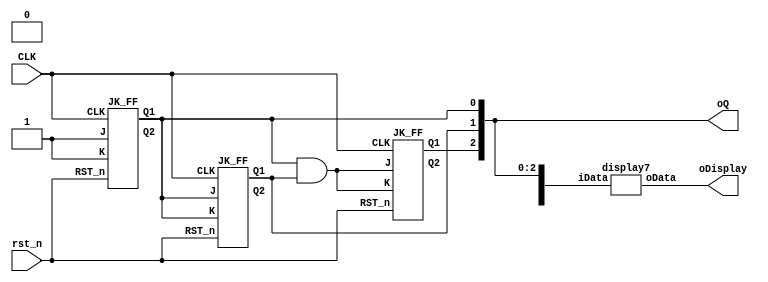
module Counter8 (input CLK,
                 input rst_n,
                 output [2:0] oQ,
                 output [6:0] oDisplay);
    wire waste[2:0];
    JK_FF uut1(CLK,1'b1,1'b1,rst_n,oQ[0],waste[0]);
    JK_FF uut2(CLK,oQ[0],oQ[0],rst_n,oQ[1],waste[1]);
    
    wire Q1AndQ2;
    assign Q1AndQ2 = oQ[0] & oQ[1];
    JK_FF uut3(CLK,Q1AndQ2,Q1AndQ2,rst_n,oQ[2],waste[2]);
    
    wire [3:0] disData;
    assign disData[0] = oQ[0];
    assign disData[1] = oQ[1];
    assign disData[2] = oQ[2];
    assign disData[3] = 0;

    display7 dis(disData,oDisplay);
    
endmodule
    
module JK_FF (input CLK,
    input J,
    input K,
    input RST_n,
    output reg Q1,
    output reg Q2);
    
    always @(posedge CLK or negedge RST_n)    begin
        if (RST_n == 0) begin
            Q1 = 0;
            Q2 = 1;
        end
        else begin
            if (J == 1 && K == 1) begin
                Q1 = ~Q1;
                Q2 = ~Q2;
            end
            else
                if (J == 1 && K == 0) begin
                    Q1 = 1;
                    Q2 = 0;
                end
                else
                    if (J == 0 && K == 1) begin
                        Q1 = 0;
                        Q2 = 1;
                    end
            
        end
    end
    
endmodule
 
module display7 (
    input [3:0] iData,
    output [6:0] oData
    );
    assign oData[0] = (~iData[3] & ~iData[2] & ~iData[1] & iData[0]) | (~iData[3] & iData[2] & ~iData[1] & ~iData[0]);
    assign oData[1] = (~iData[3] & iData[2] & ~iData[1] & iData[0]) | (~iData[3] & iData[2] & iData[1] & ~iData[0]);
    assign oData[2] = (~iData[3] & ~iData[2] & iData[1] & ~iData[0]);
    assign oData[3] = (~iData[3] & ~iData[2] & ~iData[1] & iData[0]) | (~iData[3] & iData[2] & ~iData[1] & ~iData[0]) | (~iData[3] & iData[2] & iData[1] & iData[0]);
    assign oData[4] = (~iData[3] & ~iData[2] & iData[0]) | (~iData[3] & iData[2] & ~iData[1]) | (~iData[3] & iData[2] & iData[1] & iData[0]) | (iData[3] & ~iData[2] & ~iData[1] & iData[0]);
    assign oData[5] = (~iData[3] & ~iData[2] & ~iData[1] & iData[0]) | (~iData[3] & ~iData[2] & iData[1]) | (~iData[3] & iData[2] & iData[1] & iData[0]);
    assign oData[6] = (~iData[3] & ~iData[2] & ~iData[1]) | (~iData[3] & iData[2] & iData[1] & iData[0]);
endmodule